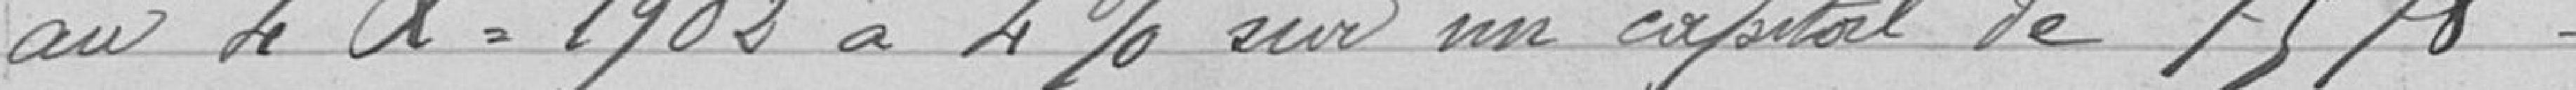
au 4Xbre 1902 à 4% sur un capital de 7578...1493.70.-1493.70